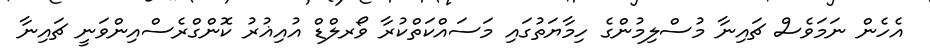
އެހެން ނަމަވެސް ޗައިނާ މުސްލިމުންގެ ހިމާޔަތުގައި މަސައްކަތްކުރާ ވޯރލްޑް އުއިޣުރު ކޮންގްރެސްއިންވަނީ ޗައިނާ